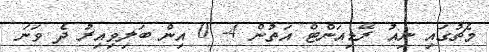
މެޗުގައި ނިއު ރޭޑިއަންޓް އަތުން 4- 0 އިން ބަލިވިއިރު ދެ ވަނަ